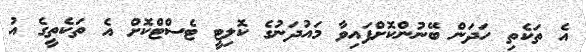
އެ ތަކެތި ހަދަން ބޭނުންކޮށްފައިވާ މައުދަނުގެ ކޮލިޓީ ޓެސްޓްކޮށް އެ ތަކެތީގެ އު